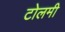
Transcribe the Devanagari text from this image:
टोलमी